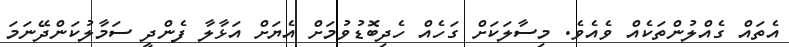
އެތައް ގެއްލުންތަކެއް ވެއެވެ. މިސާލަކަށް ގަހެއް ހެދިބޮޑުވުމަށް އެޔަށް އަޅާލާ ފެންދީ ސަމާލުކަންދޭނަމަ